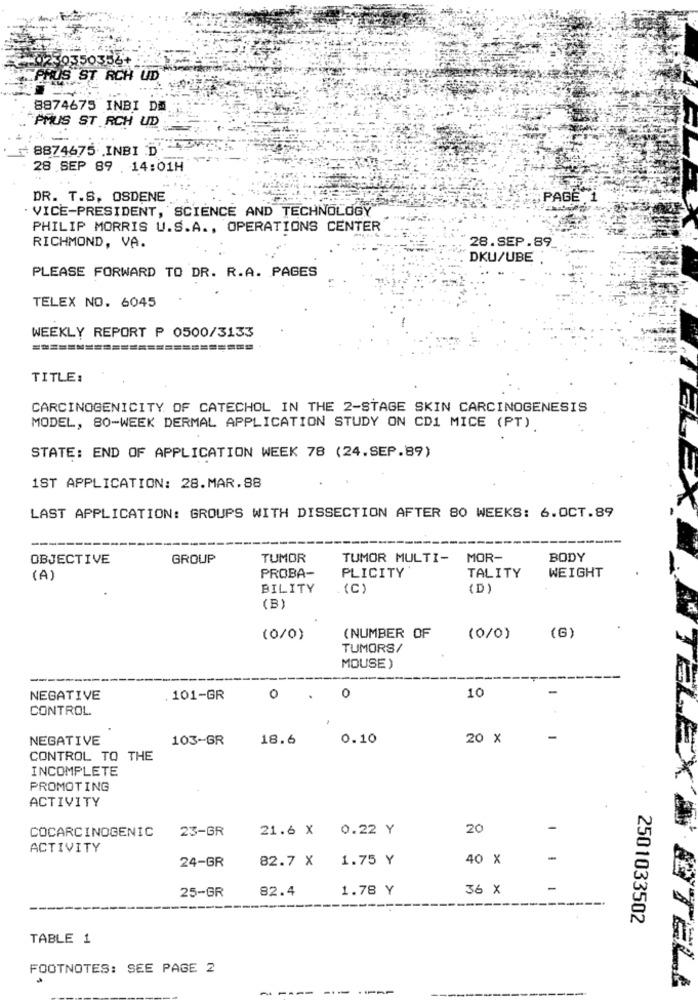
230350356+
PHUS ST. RCH UD
8874675 INBI DM
PMUS ST RCH UD
₦ 8874675 .INBI D'.
28 SEP 89 . 14:01H
DR. T.S. OSDENE
PAGE 1
. VICE-PRESIDENT, SCIENCE AND TECHNOLOGY
PHILIP MORRIS U.S.A ., OPERATIONS CENTER
28.SEP.89
RICHMOND, VA.
DKU/UBE :
PLEASE FORWARD TO DR. R.A. PAGES
TELEX NO. 6045
WEEKLY REPORT P 0500/3133
=======
TITLE:
CARCINOGENICITY OF CATECHOL IN THE 2-STAGE SKIN CARCINOGENESIS
MODEL, 80-WEEK DERMAL APPLICATION STUDY ON CD1 MICE (PT)
STATE: END OF APPLICATION WEEK 78 (24.SEP.89)
1ST APPLICATION: 28.MAR.88
LAST APPLICATION: GROUPS WITH DISSECTION AFTER 80 WEEKS: 6.OCT.89
OBJECTIVE
GROUP
TUMOR
TUMOR MULTI-
MOR-
BODY
PLICITY
(A)
PROBA-
TALITY
WEIGHT
BILITY
.(C)
(D)
(B)
(0/0)
(NUMBER OF
(0/0)
(G)
TUMORS/
MOUSE )
NEGATIVE
. 101-GR
O
0
10
CONTROL
NEGATIVE
103-GR
18.6
0.10
20 X
-
CONTROL TO THE
INCOMPLETE
JELEX
PROMOTING
ACTIVITY
COCARCINOGENIC
23-GR
21.6 X
0.22 Y
20
-
ACTIVITY
24-GR
82.7 X
1.75 Y
40 X
-
82.4
1.78 Y
36 X
-
25-GR
2501033502
TABLE 1
FOOTNOTES: SEE PAGE 2
TELL
-